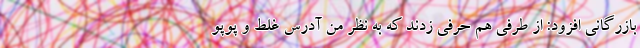
بازرگانی افزود: از طرفی هم حرفی زدند که به نظر من آدرس غلط و پوپو